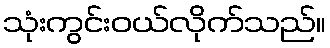
သုံးကွင်းဝယ်လိုက်သည်။